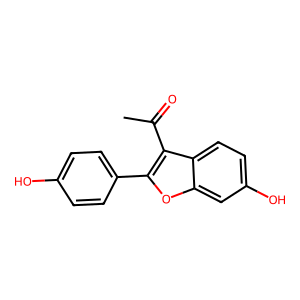
SMILES: CC(=O)c1c(-c2ccc(O)cc2)oc2cc(O)ccc12
Inhibits HIV replication: No